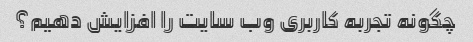
چگونه تجربه کاربری وب سایت را افزایش دهیم؟